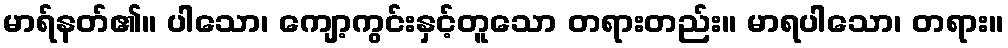
မာရ်နတ်၏။ ပါသော၊ ကျော့ကွင်းနှင့်တူသော တရားတည်း။ မာရပါသော၊ တရား။